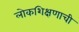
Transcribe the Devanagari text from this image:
लोकशिक्षणाची